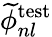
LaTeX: \widetilde{\phi}_{nl}^{\mathrm{test}}